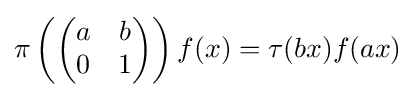
\pi \left({\begin{pmatrix}a&b\\0&1\end{pmatrix}}\right)f(x)=\tau (bx)f(ax)